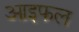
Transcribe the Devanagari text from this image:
आइफल